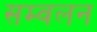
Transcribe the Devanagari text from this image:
सम्वलन